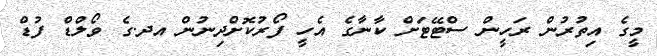
މީގެ އިތުރުން ރަހީން ސްޓޭޓަށް ކާނާގެ އެހީ ފޯރުކޮށްދިނުން އދ.ގެ ވޯލްޑް ފުޑް